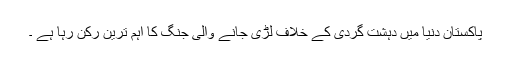
پاکستان دنیا میں دہشت گردی کے خلاف لڑی جانے والی جنگ کا اہم ترین رکن رہا ہے ۔